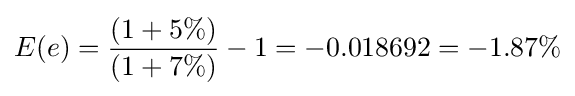
E(e)={\frac {(1+5\%)}{(1+7\%)}}-1=-0.018692=-1.87\%